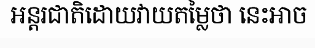
អន្តរជាតិដោយវាយតម្លៃថា នេះអាច